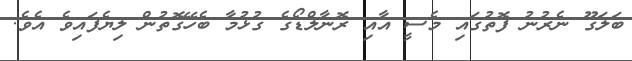
ބަލަގޫ ނެރުނު ފޮތުގައި މެސީ އާއި ރޮނާލްޑޯގެ ގުޅުމާ ބެހޭގޮތުން ލިޔެފައިވެ އެވެ.